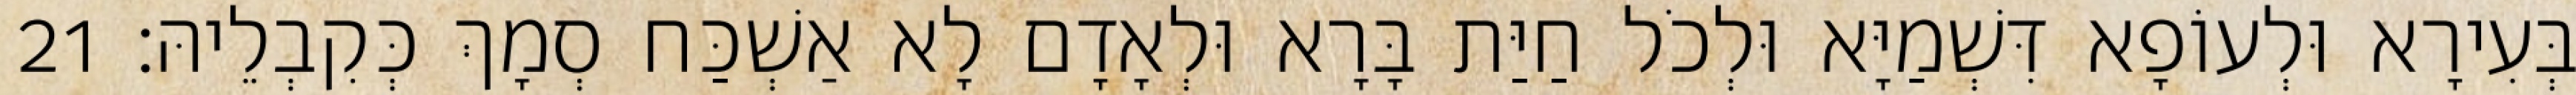
בְּעִירָא וּלְעוֹפָא דִּשְׁמַיָּא וּלְכֹל חַיַּת בָּרָא וּלְאָדָם לָא אַשְׁכַּח סְמָךְ כְּקִבְלֵיהּ׃ 21